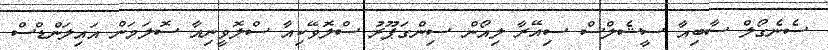
ސެނެގޯލް ސާބިއާ ސީޝެލްސް ސިއޭރާ ލިއޯން ސިންގަޕޫރު ސްލޮވޭކިއާ ސްލޮވީނިއާ ސޮލަމަން އައިލަންޑްސް